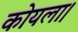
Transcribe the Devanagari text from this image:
कोयला।